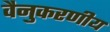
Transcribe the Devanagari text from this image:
वैनुकरणीय